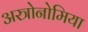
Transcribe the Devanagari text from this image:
अस्त्रोनोमिया